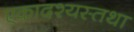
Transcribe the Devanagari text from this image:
एकादश्यस्तथा